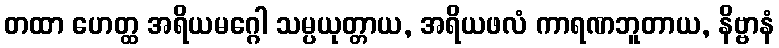
တထာ ဟေတ္ထ အရိယမဂ္ဂေါ သမ္ပယုတ္တာယ, အရိယဖလံ ကာရဏဘူတာယ, နိဗ္ဗာနံ